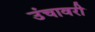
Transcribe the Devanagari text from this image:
उंचावरी